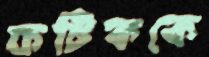
ফটিককে